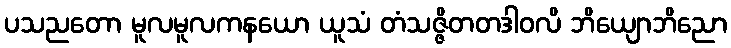
ပသညတော မူလမူလကနယော ယူသံ တံသဇ္ဇိတတဒါဝလိ ဘိယျောဘိညော